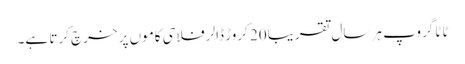
ٹاٹا گروپ ہر سال تقریباً 20 کروڑ ڈالر فلاحی کاموں پر خرچ کرتا ہے۔